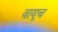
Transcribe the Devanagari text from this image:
वायूच